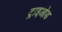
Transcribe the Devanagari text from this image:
ट्राइओड